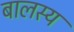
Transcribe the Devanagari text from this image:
बालस्य